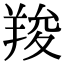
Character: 羧